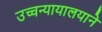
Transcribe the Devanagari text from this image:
उच्चन्यायालयाने